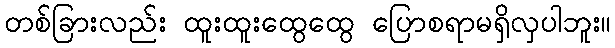
တစ်ခြားလည်း ထူးထူးထွေထွေ ပြောစရာမရှိလှပါဘူး။